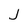
Character: j